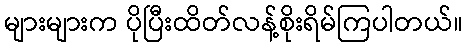
များများက ပိုပြီးထိတ်လန့်စိုးရိမ်ကြပါတယ်။